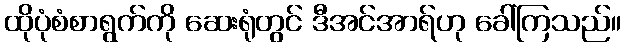
ထိုပုံစံစာရွက်ကို ဆေးရုံတွင် ဒီအင်အာရ်ဟု ခေါ်ကြသည်။